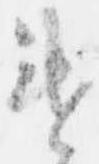
違